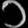
Digit: ၁